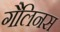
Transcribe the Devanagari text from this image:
गैलिनस